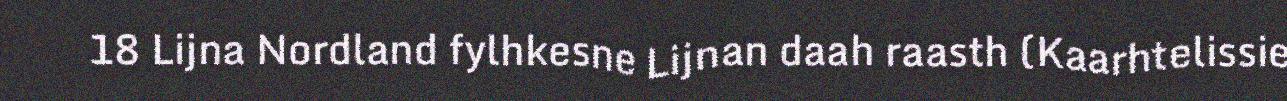
18 Lijna Nordland fylhkesne Lijnan daah raasth (Kaarhtelissie